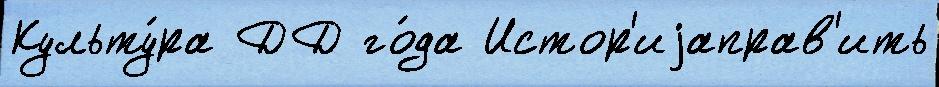
Культу́ра ДД го́да Истор'иjаправ'ить